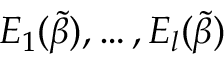
E _ { 1 } ( \tilde { \beta } ) , \dots , E _ { l } ( \tilde { \beta } )